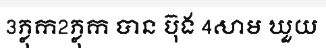
3ភ្លុក2ភ្លុក បាន ប៊ុង 4សាម ឃួយ